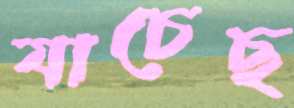
যাচেছ